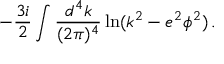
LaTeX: - \frac { 3 i } { 2 } \int { \frac { d ^ { 4 } k } { ( 2 \pi ) ^ { 4 } } } \ln ( k ^ { 2 } - e ^ { 2 } \phi ^ { 2 } ) \, .